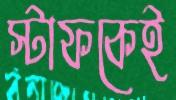
স্টাফকেই